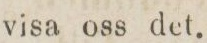
visa oss det.